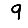
Digit: 9